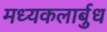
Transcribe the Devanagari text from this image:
मध्यकलार्बुध